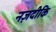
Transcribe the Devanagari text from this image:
नज़दीकि